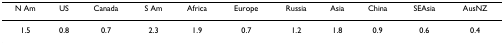
<table><thead><tr><td><b>N Am</b></td><td><b>US</b></td><td><b>Canada</b></td><td><b>S Am</b></td><td><b>Africa</b></td><td><b>Europe</b></td><td><b>Russia</b></td><td><b>Asia</b></td><td><b>China</b></td><td><b>SEAsia</b></td><td><b>AusNZ</b></td></tr></thead><tbody><tr><td>1.5</td><td>0.8</td><td>0.7</td><td>2.3</td><td>1.9</td><td>0.7</td><td>1.2</td><td>1.8</td><td>0.9</td><td>0.6</td><td>0.4</td></tr></tbody></table>